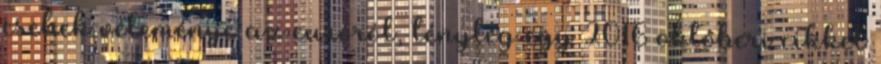
csehek véleménye az euróról, tényleg egy 2016 októberi cikkel